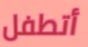
أتطفل